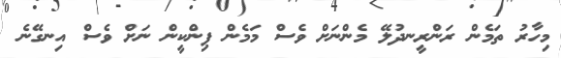
މިހާރު ތަމެން ރަންރީނދުލޭ މެންނަށް ވެސް މަމެން ޕިންކީން ނަށް ވެސް އިނގޭނެ